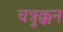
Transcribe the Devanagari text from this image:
चत्रुक्कन